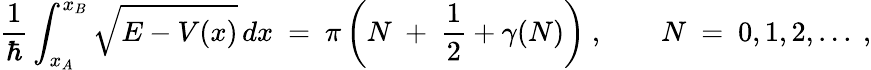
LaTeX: \frac{1}{\hbar}\int_{x_{A}}^{x_{B}}\sqrt{E-V(x)}\, dx\ =\ \pi\left(N\ +\ \frac{1}{2}+\gamma(N)\right)\ ,\qquad N\ =\ 0,1,2,...\ ,